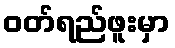
ဝတ်ရည်ဖူးမှာ